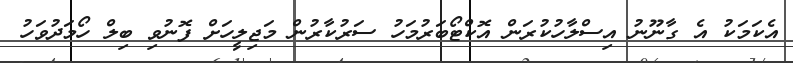
އެކަމަކު އެ ގާނޫނު އިސްލާހުކުރަން އޮކްޓޯބަރުމަހު ސަރުކާރުން މަޖިލީހަށް ފޮނުވި ބިލް ހޯމަދުވަހު